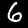
Label: 6